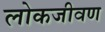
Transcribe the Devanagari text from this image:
लोकजीवण